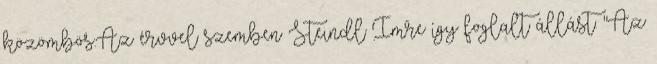
közömbös.Az érvvel szemben Steindl Imre így foglalt állást: "Az